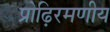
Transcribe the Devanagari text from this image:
प्रोढ़िरमणीय